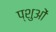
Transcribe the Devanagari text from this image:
प्शुओं